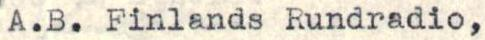
A.B. Finlands Rundradio,